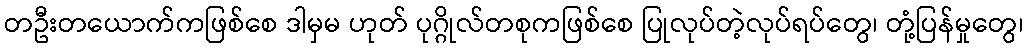
တဦးတယောက်ကဖြစ်စေ ဒါမှမ ဟုတ် ပုဂ္ဂိုလ်တစုကဖြစ်စေ ပြုလုပ်တဲ့လုပ်ရပ်တွေ၊ တုံ့ပြန်မှုတွေ၊